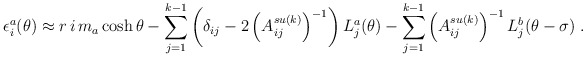
\begin{align*}\epsilon _{i}^{a}(\theta )\approx r\,i\,m_{a}\cosh \theta-\sum_{j=1}^{k-1}\left( \delta _{ij}-2\left( A_{ij}^{su(k)}\right)^{-1}\right) L_{j}^{a}(\theta )-\sum_{j=1}^{k-1}\left( A_{ij}^{su(k)}\right)^{-1}L_{j}^{b}(\theta -\sigma )\;. \end{align*}